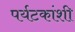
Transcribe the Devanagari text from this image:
पर्यटकांशी